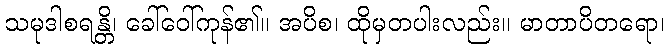
သမုဒါစရန္တိ၊ ခေါ်ဝေါ်ကုန်၏။ အပိစ၊ ထိုမှတပါးလည်း။ မာတာပိတရော၊